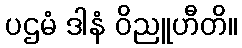
ပဌမံ ဒါနံ ဝိညူဟီတိ။